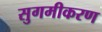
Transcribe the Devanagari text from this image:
सुगमीकरण